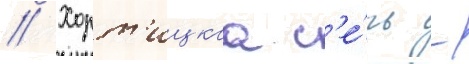
// Хорт'ицкаа с'е́чь -